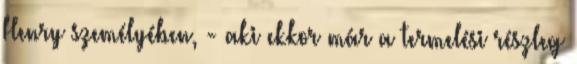
Henry személyében, - aki ekkor már a termelési részleg